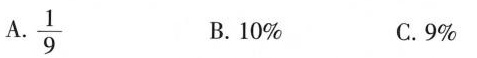
A.\frac{1}{9} B.10% C.9%